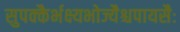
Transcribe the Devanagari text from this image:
सुपक्कैर्भक्ष्यभोज्यैश्चपायसैः